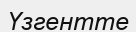
Үзгентте